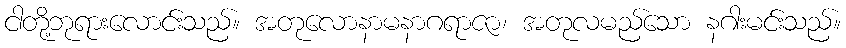
ငါတို့ဘုရားလောင်းသည်။ အတုလောနာမနာဂရာဇာ၊ အတုလမည်သော နဂါးမင်းသည်။